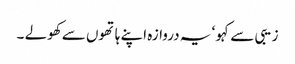
زیبی سے کہو ‘ یہ دروازہ اپنے ہاتھوں سے کھولے ۔